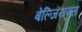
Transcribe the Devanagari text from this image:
बेल्जियन्स